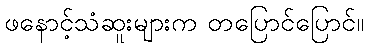
ဖနောင့်သံဆူးများက တပြောင်ပြောင်။